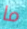
ما